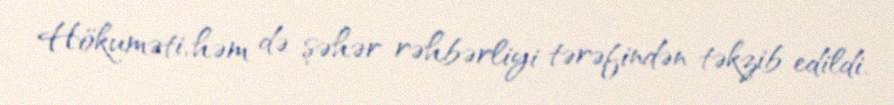
Hökuməti, həm də şəhər rəhbərliyi tərəfindən təkzib edildi.